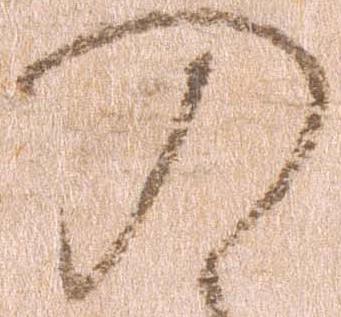
の